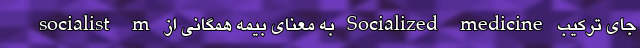
جای ترکیب Socialized medicine به معنای بیمه همگانی از socialist m